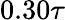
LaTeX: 0.30\tau